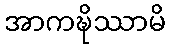
အာကဍ္ဎိဿာမိ